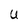
Character: U